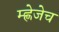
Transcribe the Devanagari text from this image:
म्ह्णेजेच